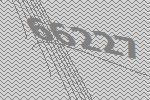
66227